Scottish Certificate of Education, 1962
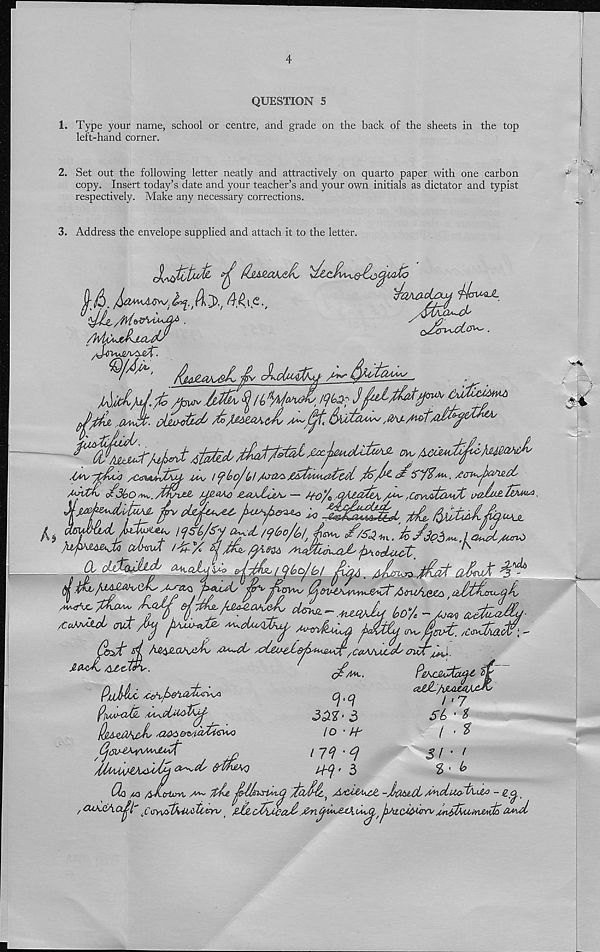
4
QUESTION 5
1. Type your name, school or centre, and grade on the back of the sheets in the top
left-hand corner.
2. Set out the following letter neatly and attractively on quarto paper with one carbon
copy. Insert today’s date and your teacher’s and your own initials as dictator and typist
respectively. Make any necessary corrections.
3. Address the envelope supplied and attach it to the letter.
-fa /tw Mk § a 5V«
■bt.
*
^/ d•
/ ‘
-*-• ' /_//./
d
i
./
.iM/'j&bu) /e&AMAdLj,
t floG,
peri^l&vzd'
MUjdyt^
95/jpd^A^A^
CtAPsvX f'Z-Y
^
(dtX&JljLtb <^cdLy\M> e4/ Qbo/b! AdtA a Am. ^
d^i*j£at qJ»4
£)
P'}p A/Ky
d
f oAtAav^CjA
jpxAJLhdtd AA^dMsdlhj^. /
Uxdt sd AzyiQA/zAs
JlfadL AX-ctPu,
Pi/d^ y^/ />e J iadbri^a
P^iAAycUd. .M^clMAyA^
O'WviM)
TlA
AsiAt
’ .yi&ciAJUj ko/c — Aja^j
v^'Aj&dC, /CcmAxOu.
, CCtAhAjud^ 0UA
<^%L.
PePOd^bsAC bp
ezid'Apyicajy^b
Cj<q
i , j
3M‘ 3
SL • $
to > &
i > t
nd -q
$i' 1
Jd<}.' 3
$ • ^
V'N.